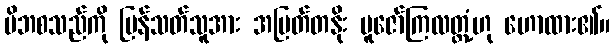
မိဘစသည်ကို ပြန်သတ်သူအား အမြတ်တနိုး ပူဇော်ကြလတ္တံ့ဟု ဟောထား၏။